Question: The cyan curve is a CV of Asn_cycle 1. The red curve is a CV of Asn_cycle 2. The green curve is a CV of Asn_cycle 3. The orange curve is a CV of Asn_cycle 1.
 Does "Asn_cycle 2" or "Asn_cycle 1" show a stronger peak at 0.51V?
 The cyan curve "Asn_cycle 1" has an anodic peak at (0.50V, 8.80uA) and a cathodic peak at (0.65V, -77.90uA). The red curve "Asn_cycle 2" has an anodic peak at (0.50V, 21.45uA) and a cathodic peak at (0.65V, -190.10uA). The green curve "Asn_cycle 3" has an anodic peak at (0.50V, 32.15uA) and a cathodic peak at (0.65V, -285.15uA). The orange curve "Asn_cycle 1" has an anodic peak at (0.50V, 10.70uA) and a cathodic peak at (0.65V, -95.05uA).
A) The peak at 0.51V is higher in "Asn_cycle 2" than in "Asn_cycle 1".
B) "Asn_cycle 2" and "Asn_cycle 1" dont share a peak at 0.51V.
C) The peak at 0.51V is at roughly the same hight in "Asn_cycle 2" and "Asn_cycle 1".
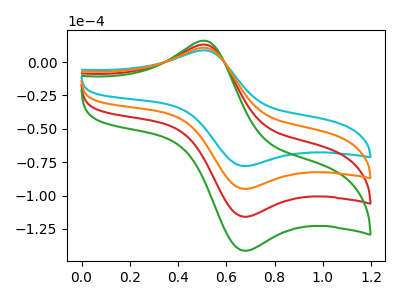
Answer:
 <answer>A) The peak at 0.51V is higher in "Asn_cycle 2" than in "Asn_cycle 1".</answer>
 <eval>A</eval>